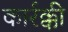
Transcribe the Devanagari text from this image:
कार्रक्की